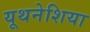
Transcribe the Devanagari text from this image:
यूथनेशिया